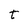
Character: t